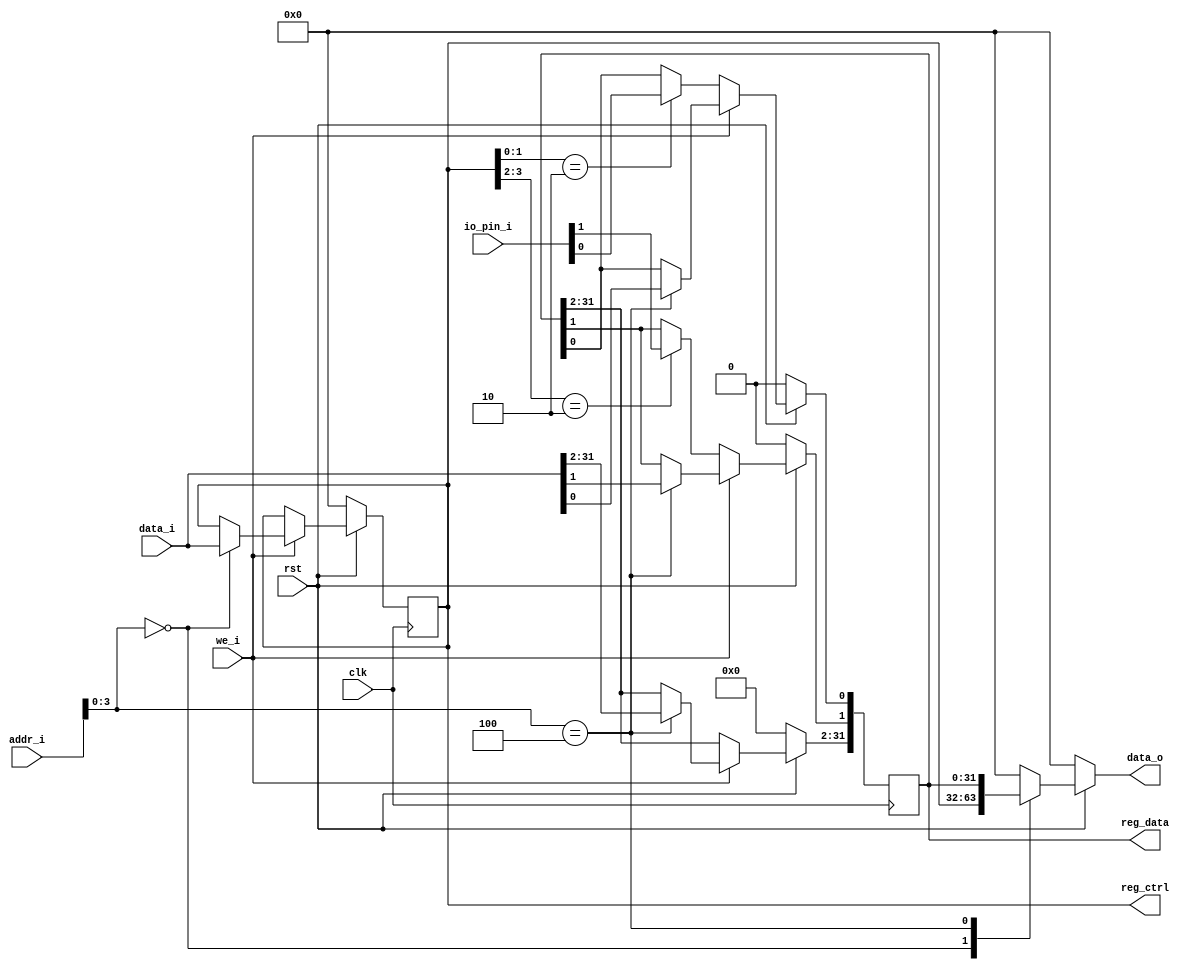
 /*                                                                      
 Copyright 2020 Blue Liang, liangkangnan@163.com
                                                                         
 Licensed under the Apache License, Version 2.0 (the "License");         
 you may not use this file except in compliance with the License.        
 You may obtain a copy of the License at                                 
                                                                         
     http://www.apache.org/licenses/LICENSE-2.0                          
                                                                         
 Unless required by applicable law or agreed to in writing, software    
 distributed under the License is distributed on an "AS IS" BASIS,       
 WITHOUT WARRANTIES OR CONDITIONS OF ANY KIND, either express or implied.
 See the License for the specific language governing permissions and     
 limitations under the License.                                          
 */


// GPIO
module gpio(

    input wire clk,
	input wire rst,

    input wire we_i,
    input wire[31:0] addr_i,
    input wire[31:0] data_i,

    output reg[31:0] data_o,

    input wire[1:0] io_pin_i,
    output wire[31:0] reg_ctrl,
    output wire[31:0] reg_data

    );


    // GPIO
    localparam GPIO_CTRL = 4'h0;
    // GPIO
    localparam GPIO_DATA = 4'h4;

    // 21IO16IO
    // 0: 12
    reg[31:0] gpio_ctrl;
    // 
    reg[31:0] gpio_data;


    assign reg_ctrl = gpio_ctrl;
    assign reg_data = gpio_data;


    // 
    always @ (posedge clk) begin
        if (rst == 1'b0) begin
            gpio_data <= 32'h0;
            gpio_ctrl <= 32'h0;
        end else begin
            if (we_i == 1'b1) begin
                case (addr_i[3:0])
                    GPIO_CTRL: begin
                        gpio_ctrl <= data_i;
                    end
                    GPIO_DATA: begin
                        gpio_data <= data_i;
                    end
                endcase
            end else begin
                if (gpio_ctrl[1:0] == 2'b10) begin
                    gpio_data[0] <= io_pin_i[0];
                end
                if (gpio_ctrl[3:2] == 2'b10) begin
                    gpio_data[1] <= io_pin_i[1];
                end
            end
        end
    end

    // 
    always @ (*) begin
        if (rst == 1'b0) begin
            data_o = 32'h0;
        end else begin
            case (addr_i[3:0])
                GPIO_CTRL: begin
                    data_o = gpio_ctrl;
                end
                GPIO_DATA: begin
                    data_o = gpio_data;
                end
                default: begin
                    data_o = 32'h0;
                end
            endcase
        end
    end

endmodule